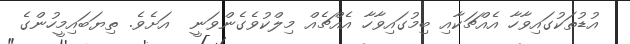
އުޑުތަކުގައިވާހާ އެއްޗަކާއި ބިމުގައިވާހާ އެއްޗެއް މިލްކުވެގެންވަނީ  އަށެވެ. ތިޔަބައިމީހުންގެ